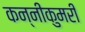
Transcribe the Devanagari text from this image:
कन्नीकुमरी